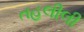
તહલીલી